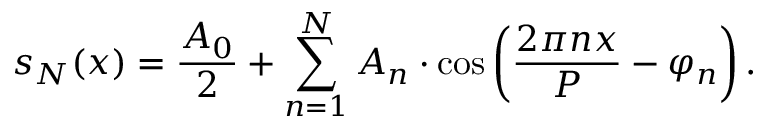
s _ { N } ( x ) = { \frac { A _ { 0 } } { 2 } } + \sum _ { n = 1 } ^ { N } A _ { n } \cdot \cos \left( { \frac { 2 \pi n x } { P } } - \varphi _ { n } \right) .